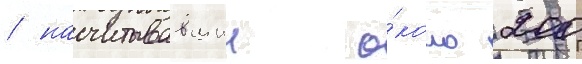
/ насчитывавшии о́коло 200